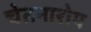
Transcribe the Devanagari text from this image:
चेतनारोप